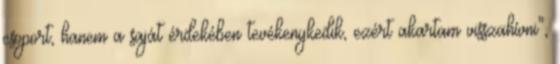
csoport, hanem a saját érdekében tevékenykedik, ezért akartam visszahívni",